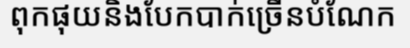
ពុកផុយនិងបែកបាក់ច្រើនបំណែក